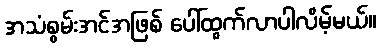
အသံစွမ်းအင်အဖြစ် ပေါ်ထွက်လာပါလိမ့်မယ်။